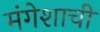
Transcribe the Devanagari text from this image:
मंगेशाची